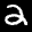
Label: 2